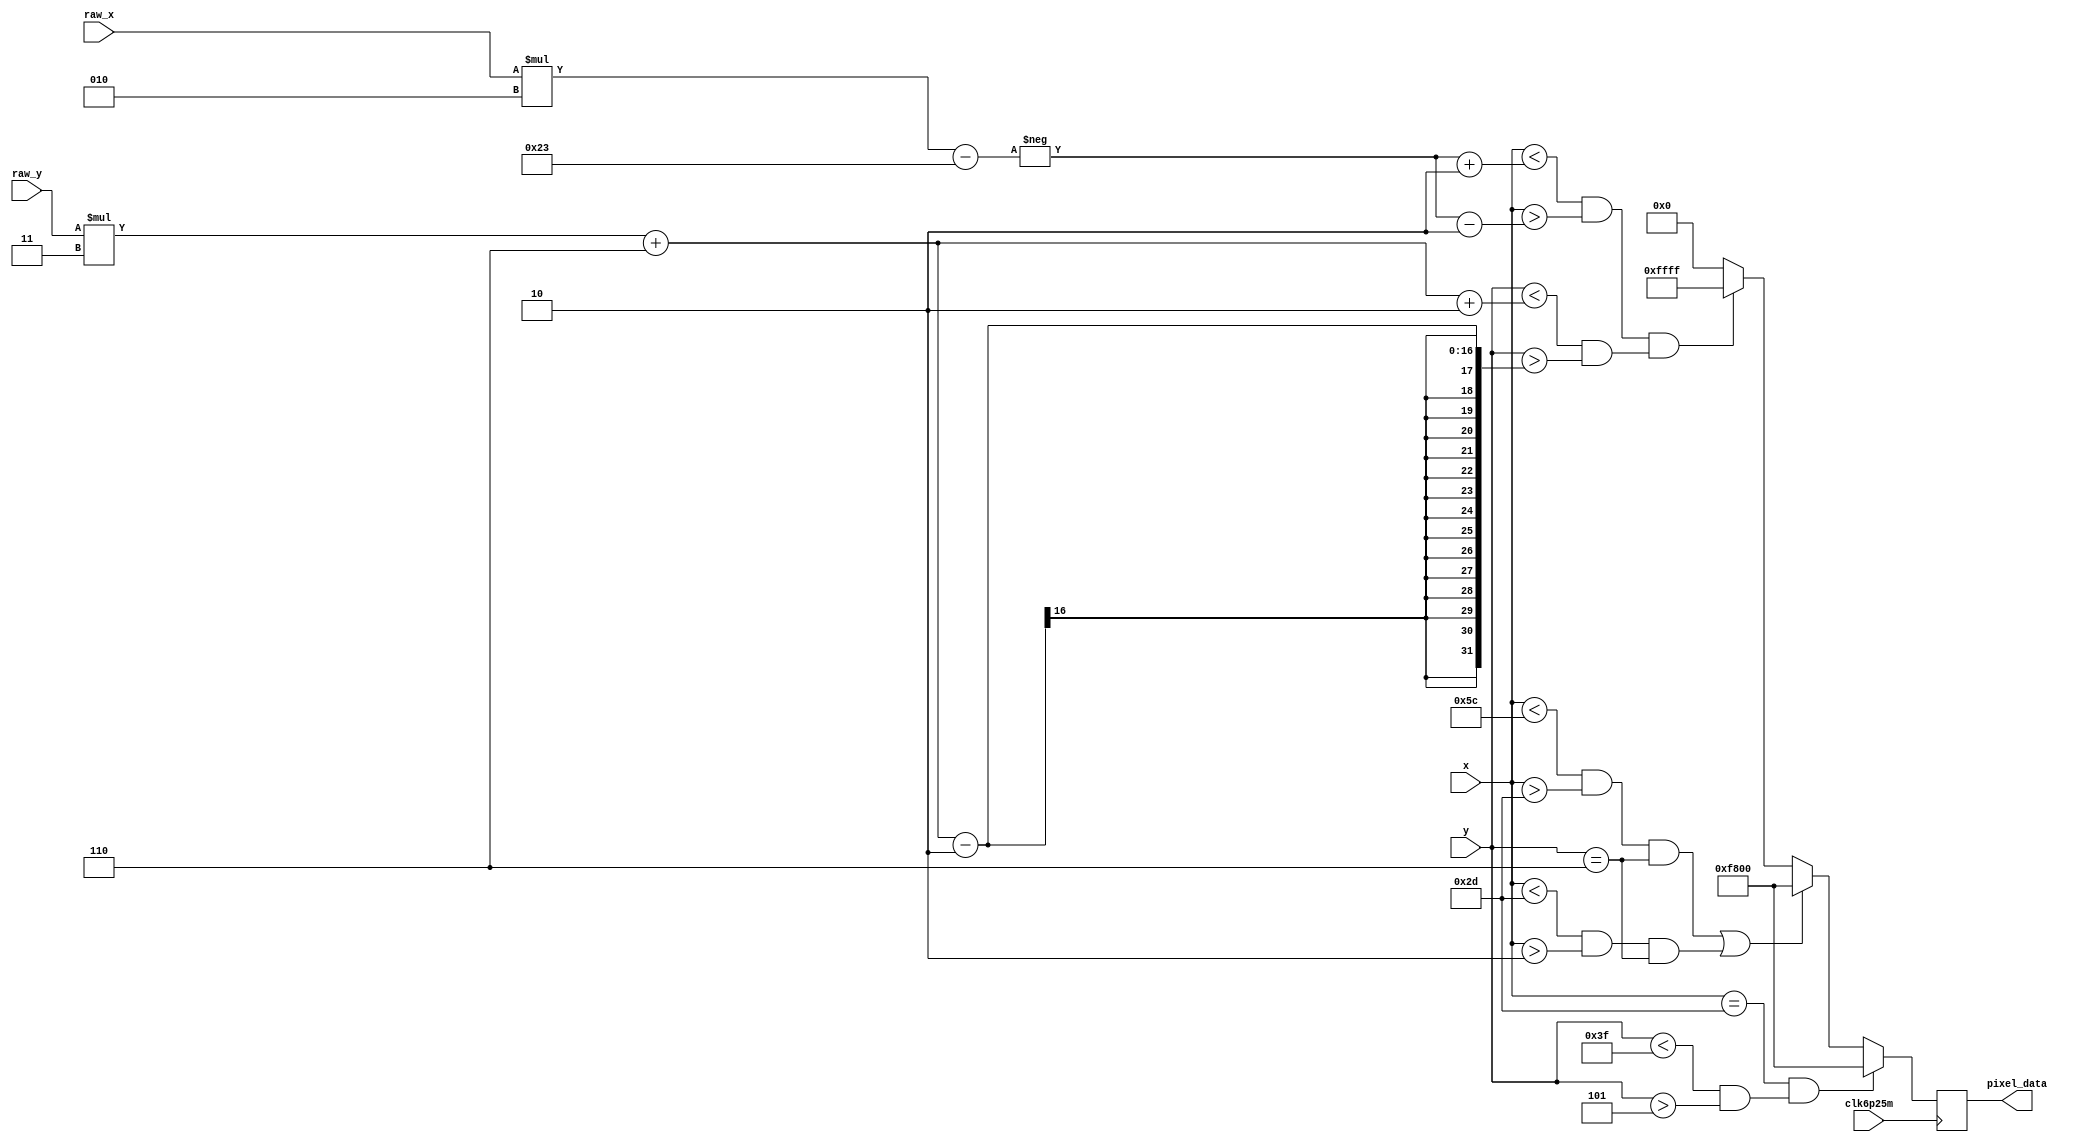
`timescale 1ns / 1ps
//////////////////////////////////////////////////////////////////////////////////
// Company: 
// Engineer: 
// 
// Design Name: 
// Module Name: shared_Proj_Display
// Project Name: 
// Target Devices: 
// Tool Versions: 
// Description: 
// 
// Dependencies: 
// 
// Revision:
// Revision 0.01 - File Created
// Additional Comments:
// 
//////////////////////////////////////////////////////////////////////////////////


module shared_Proj_Display(input clk6p25m, input [12:0] x, input [12:0] y, input signed [30:0] raw_x,input [15:0] raw_y, output reg [15:0] pixel_data );
     
     
     wire [15:0] final_y;
     //wire [15:0] final_y_bound;
     wire signed [30:0] final_x;
     //wire [15:0] final_x_bound;
     wire [30:0] pos_x = -final_x;
     wire [30:0] pos;
     
     assign final_y = (raw_y *3) + 6;
     //assign final_x = (raw_x *2) - 59;
     assign final_x = (raw_x *2) -35;
     
     //assign pos = (raw_x[30] == 1'b1) ? pos_x + 49 : 49 - pos_x;
     
     always @ (posedge clk6p25m)
     begin
        if(x==45 && (y<63&&y>5))
            pixel_data = {5'b11111,6'b000000,5'b00000};
        else if(((x<92 && x>45) && y == 6) || ((x<45 && x>2) && y==6))
            pixel_data = {5'b11111,6'b000000,5'b00000};
        else if((x<pos_x+2 && x>pos_x-2) && (y<final_y+2 && y>final_y-2))
            pixel_data = {5'b11111,6'b111111,5'b11111};
        else
            pixel_data = {5'b00000,6'b000000,5'b00000};
     end
endmodule